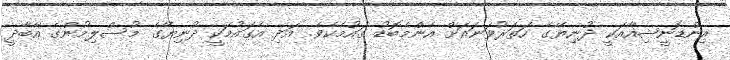
އިންޑޮނީޝިއާއަކީ ދުނިޔޭގެ ހަތަރުވަނައަށް އެންމެބޮޑު ގައުމެކެވެ. އަދި އެގައުމަކީ ދުނިޔޭގެ މުސްލިމުންގެ އާބާދީ